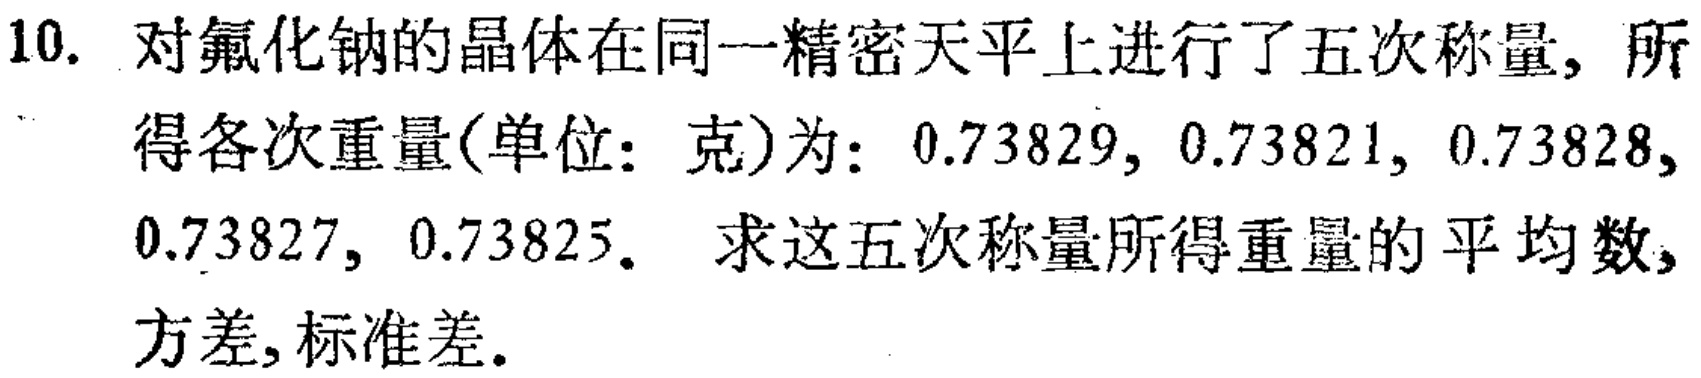
10. 对氟化钠的晶体在同一精密天平上进行了五次称量, 所得各次重量(单位：克)为：\(0.73829\), \(0.73821\), \(0.73828\), \(0.73827\), \(0.73825\). 求这五次称量所得重量的平均数, 方差,标准差.